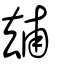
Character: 𠬃